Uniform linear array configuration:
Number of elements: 4
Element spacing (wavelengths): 1
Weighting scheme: kaiser
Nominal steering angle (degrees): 15
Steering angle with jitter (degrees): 16.24
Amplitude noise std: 0.05
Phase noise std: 0.05

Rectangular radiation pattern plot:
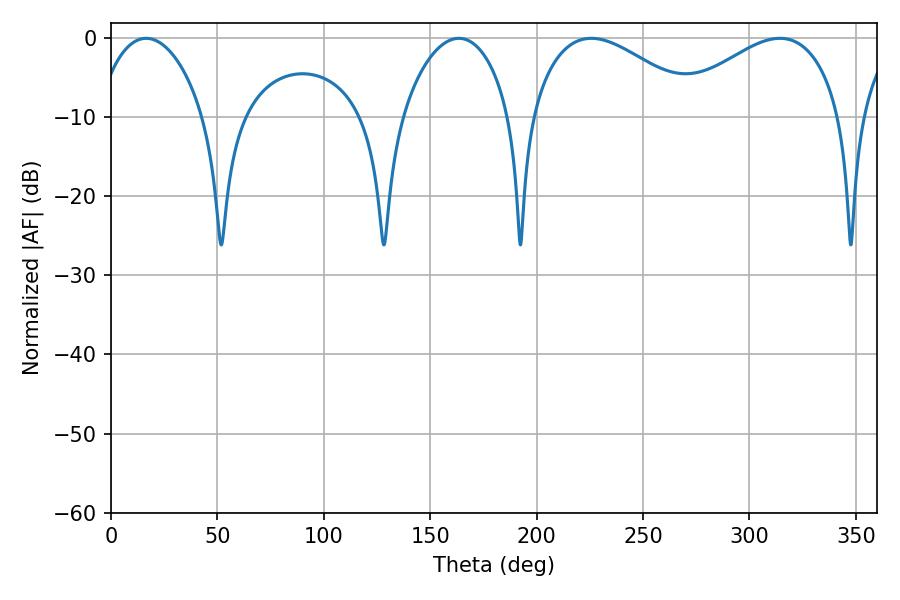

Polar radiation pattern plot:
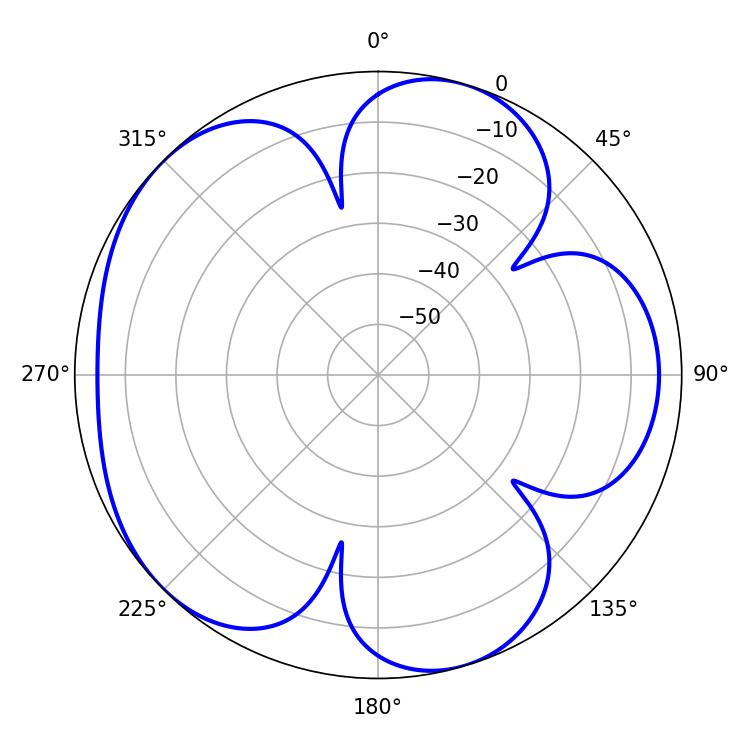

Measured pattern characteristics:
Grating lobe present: TRUE
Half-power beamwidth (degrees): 43.74
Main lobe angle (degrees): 225.72